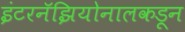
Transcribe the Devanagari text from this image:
इंटरनॅझियोनालकडून